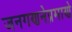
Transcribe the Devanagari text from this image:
जनगणनेप्रमाणे